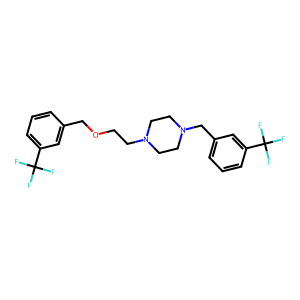
SMILES: FC(F)(F)c1cccc(COCCN2CCN(Cc3cccc(C(F)(F)F)c3)CC2)c1
Inhibits HIV replication: No